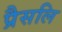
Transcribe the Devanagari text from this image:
प्रैसलि